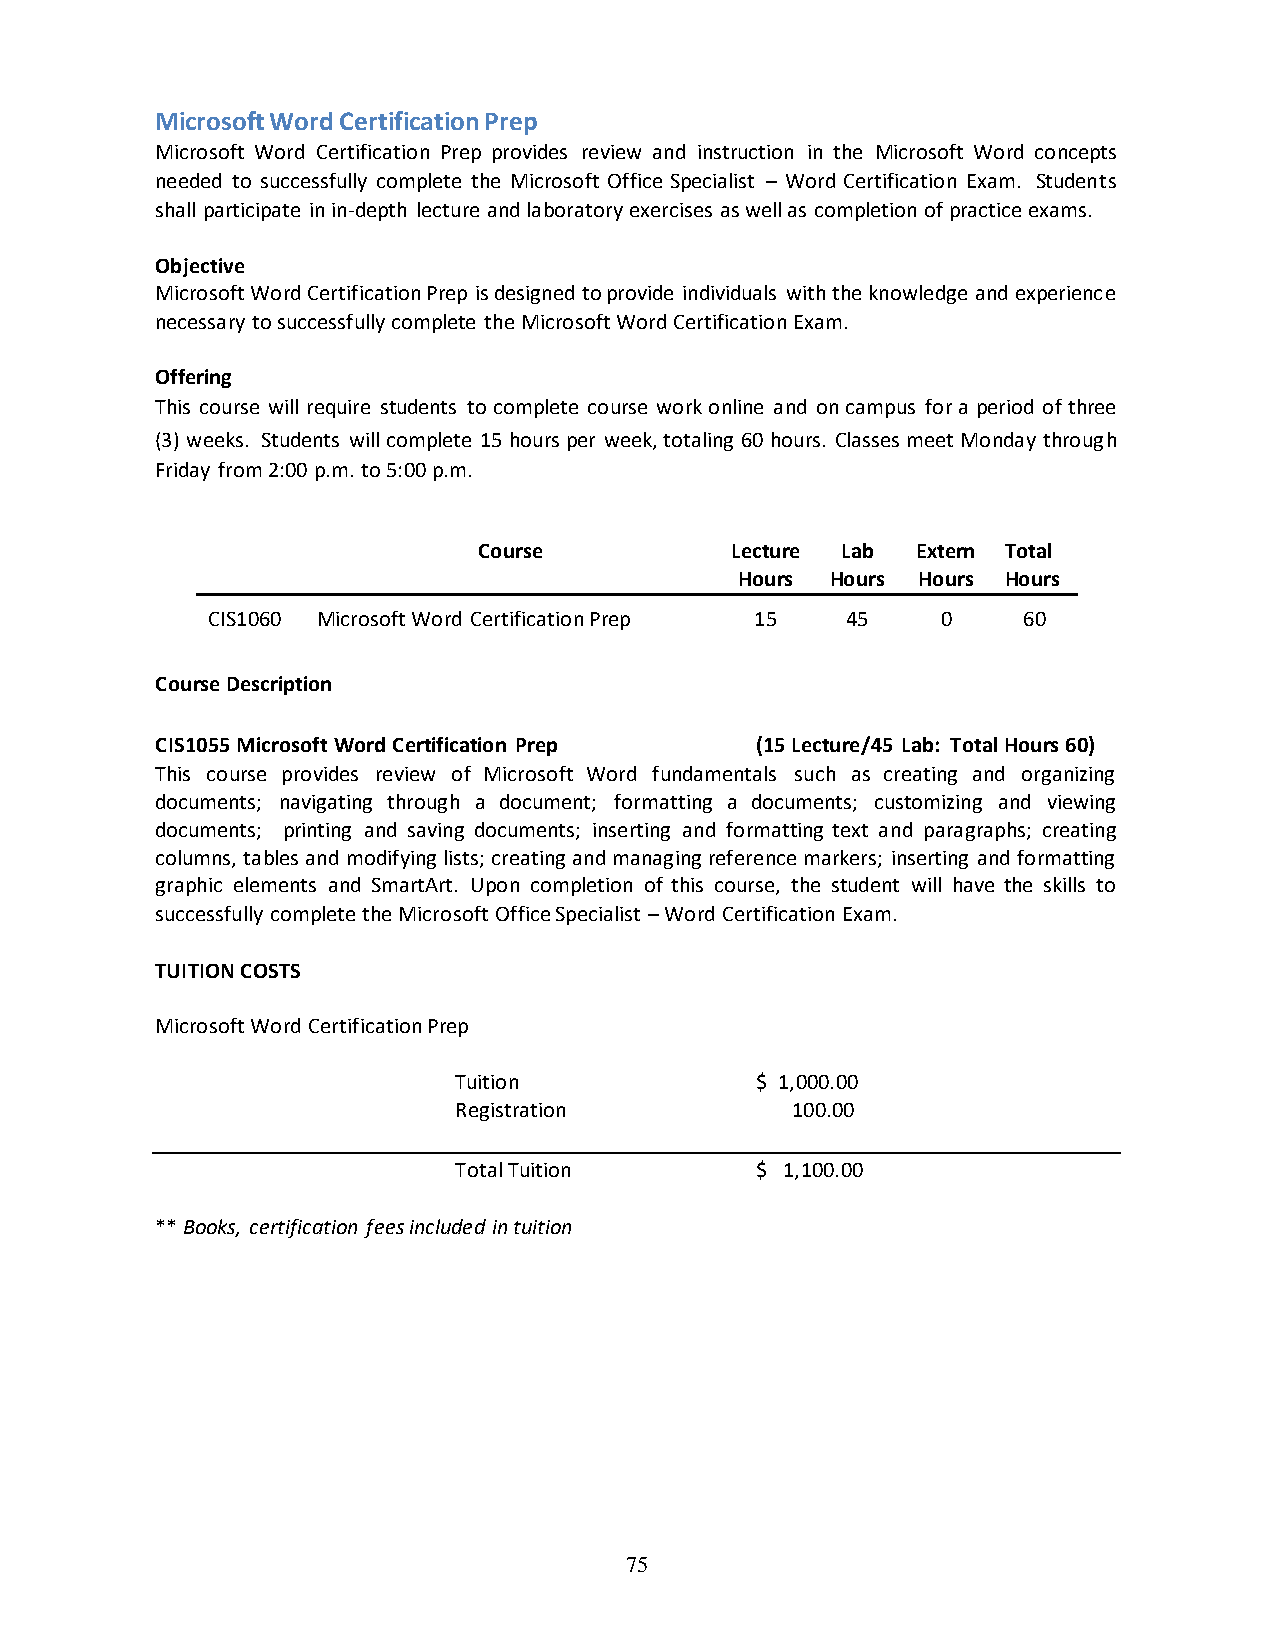
Microsoft Word Certification Prep
 Microsoft Word Certification Prep provides review and instruction in the Microsoft Word concepts
 needed to successfully complete the Microsoft Office Specialist – Word Certification Exam. Students
 shall participate in in-depth lecture and laboratory exercises as well as completion of practice exams.
 Objective
 Microsoft Word Certification Prep is designed to provide individuals with the knowledge and experience
 necessary to successfully complete the Microsoft Word Certification Exam.
 Offering
 This course will require students to complete course work online and on campus for a period of three
 (3) weeks. Students will complete 15 hours per week, totaling 60 hours. Classes meet Monday through
 Friday from 2:00 p.m. to 5:00 p.m.
 Course          Lecture Lab  Extern Total
 Hours Hours Hours Hours
 CIS1060 Microsoft Word Certification Prep 15 45 0     60
 Course Description
 CIS1055 Microsoft Word Certification Prep (15 Lecture/45 Lab: Total Hours 60)
 This course provides review of Microsoft Word fundamentals such as creating and organizing
 documents; navigating through a document; formatting a documents; customizing and viewing
 documents; printing and saving documents; inserting and formatting text and paragraphs; creating
 columns, tables and modifying lists; creating and managing reference markers; inserting and formatting
 graphic elements and SmartArt. Upon completion of this course, the student will have the skills to
 successfully complete the Microsoft Office Specialist – Word Certification Exam.
 TUITION COSTS
 Microsoft Word Certification Prep
 Tuition             $ 1,000.00
 Registration          100.00
 Total Tuition       $ 1,100.00
 ** Books, certification fees included in tuition
 75